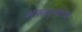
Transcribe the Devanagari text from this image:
शास्त्रद्न्यांच्या